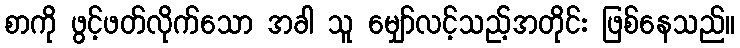
စာကို ဖွင့်ဖတ်လိုက်သော အခါ သူ မျှော်လင့်သည့်အတိုင်း ဖြစ်နေသည်။